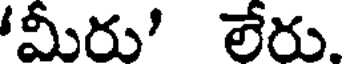
'మీరు' లేరు.